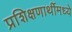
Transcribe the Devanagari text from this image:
प्रशिक्षणार्थीमध्ये